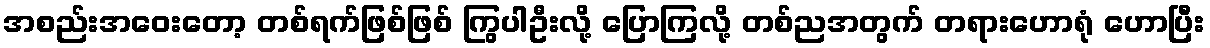
အစည်းအဝေးတော့ တစ်ရက်ဖြစ်ဖြစ် ကြွပါဦးလို့ ပြောကြလို့ တစ်ညအတွက် တရားဟောရုံ ဟောပြီး